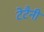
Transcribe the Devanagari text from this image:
टेटैनी